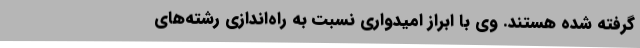
گرفته شده هستند. وی با ابراز امیدواری نسبت به راه‌اندازی رشته‌های